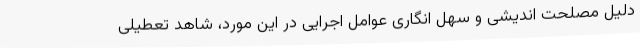
دلیل مصلحت اندیشی و سهل انگاری عوامل اجرایی در این مورد، شاهد تعطیلی